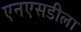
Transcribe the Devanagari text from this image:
एनएसडीला